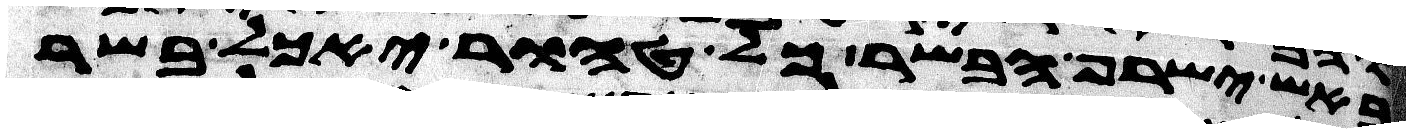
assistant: באש ישרף הבשר כל טהור יאכל בשר